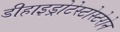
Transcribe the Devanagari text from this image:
डीहाइड्रोटेस्टोस्टेरोन